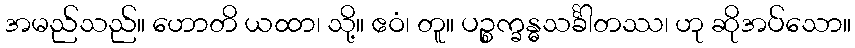
အမည်သည်။ ဟောတိ ယထာ၊ သို့။ ဧဝံ၊ တူ။ ပဉ္စက္ခန္ဓသင်္ခါတဿ၊ ဟု ဆိုအပ်သော။